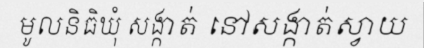
មូលនិធិឃុំ សង្កាត់ នៅសង្កាត់ស្វាយ